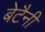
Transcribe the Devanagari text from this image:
बेटैनी